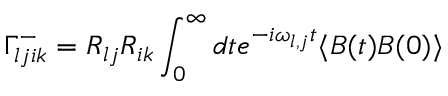
\Gamma _ { l j i k } ^ { - } = R _ { l j } R _ { i k } \int _ { 0 } ^ { \infty } d t e ^ { - i \omega _ { l , j } t } \langle B ( t ) B ( 0 ) \rangle